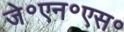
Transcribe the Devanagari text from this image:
जे॰एन॰एस॰